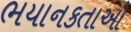
ભયાનકતાઓ